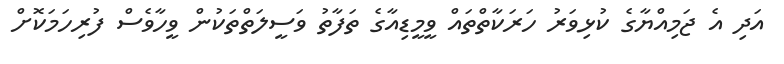
އަދި އެ ޖަމިއްޔާގެ ކުޅިވަރު ހަރަކާތްތައް ވީމީޑިއާގެ ތަފާތު ވަސީލަތްތަކުން ވީހާވެސް ފުރިހަމަކޮށް